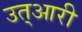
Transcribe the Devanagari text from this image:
उत्आरी